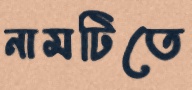
নামটিতে